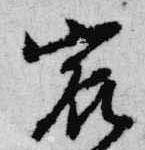
宸